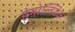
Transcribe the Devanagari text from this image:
हेमोल्य्टिक